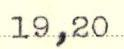
19,20